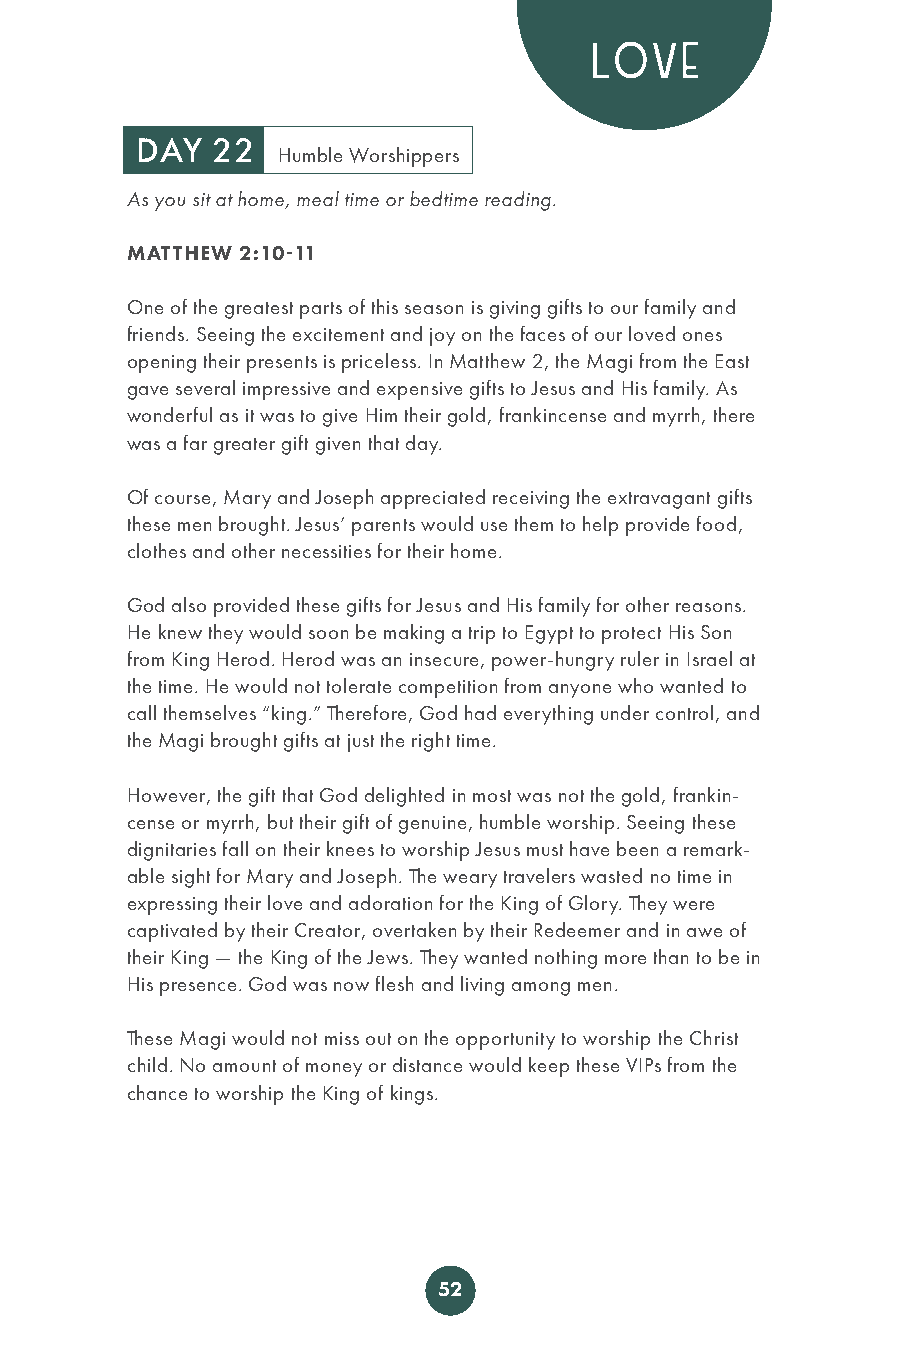
LOVE
 DAY  22
 Humble Worshippers
 As you sit at home, meal time or bedtime reading.
 MATTHEW 2:10-11
 One of the greatest parts of this season is giving gifts to our family and
 friends. Seeing the excitement and joy on the faces of our loved ones
 opening their presents is priceless. In Matthew 2, the Magi from the East
 gave several impressive and expensive gifts to Jesus and His family. As
 wonderful as it was to give Him their gold, frankincense and myrrh, there
 was a far greater gift given that day.
 Of course, Mary and Joseph appreciated receiving the extravagant gifts
 these men brought. Jesus’ parents would use them to help provide food,
 clothes and other necessities for their home.
 God also provided these gifts for Jesus and His family for other reasons.
 He knew they would soon be making a trip to Egypt to protect His Son
 from King Herod. Herod was an insecure, power-hungry ruler in Israel at
 the time. He would not tolerate competition from anyone who wanted to
 call themselves “king.” Therefore, God had everything under control, and
 the Magi brought gifts at just the right time.
 However, the gift that God delighted in most was not the gold, frankin-
 cense or myrrh, but their gift of genuine, humble worship. Seeing these
 dignitaries fall on their knees to worship Jesus must have been a remark-
 able sight for Mary and Joseph. The weary travelers wasted no time in
 expressing their love and adoration for the King of Glory. They were
 captivated by their Creator, overtaken by their Redeemer and in awe of
 their King — the King of the Jews. They wanted nothing more than to be in
 His presence. God was now flesh and living among men.
 These Magi would not miss out on the opportunity to worship the Christ
 child. No amount of money or distance would keep these VIPs from the
 chance to worship the King of kings.
 52